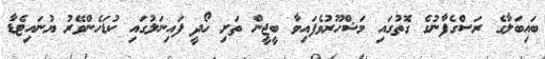
ބައިބަލާގެ ރަސްގެފާނުގެ ގޮތުގައި މަޝްހޫރުވެފައިވާ ބީޖީން ތަށި ހޯދީ ފައިނަލުގައި ކުޑަހެންވޭރު ޔުނައިޓެޑާ